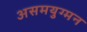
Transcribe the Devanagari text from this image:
असमयुग्मन